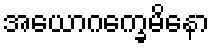
အယောဂက္ခေမိနော